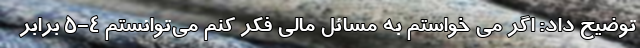
توضیح داد: اگر می خواستم به مسائل مالی فکر کنم می‌توانستم 4-5 برابر